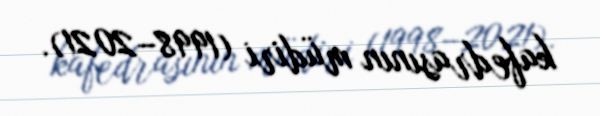
kafedrasının müdiri (1998–2021).